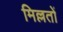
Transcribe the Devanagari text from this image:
मिल्लतों